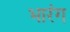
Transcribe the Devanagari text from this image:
भारंग